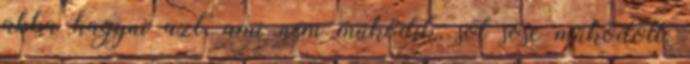
abba hagyni azt, ami nem működik, sőt sose működött,